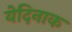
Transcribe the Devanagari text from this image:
येदिनाक